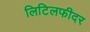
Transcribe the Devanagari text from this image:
लिटिलफीदर